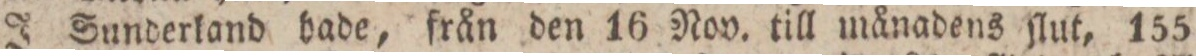
J Sunderland hade, från den 16 Nov. till månadens ſlut, 155